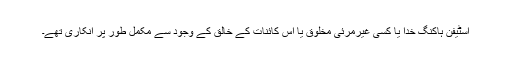
اسٹیفن ہاکنگ خدا یا کسی غیرمرئی مخلوق یا اس کائنات کے خالق کے وجود سے مکمل طور پر انکاری تھے۔